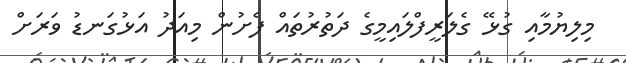
މިލިޔުމާއި ގުޅޭ ގެލަރީފްލައިމީގެ ދަތުރުތައް ފެށުން މިއަދު އަޅުގަނޑު ވަރަށް